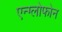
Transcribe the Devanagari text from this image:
एन्ग्लोफोन